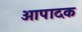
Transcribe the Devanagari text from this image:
आपादक